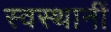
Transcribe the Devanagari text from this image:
स्वस्थानीं